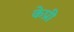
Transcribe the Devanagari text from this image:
केप्री